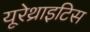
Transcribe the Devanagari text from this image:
यूरेथ्राइटिस